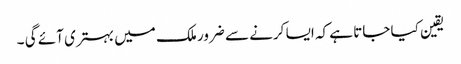
یقین کیا جاتا ہے کہ ایسا کرنے سے ضرور ملک میں بہتری آئے گی ۔